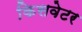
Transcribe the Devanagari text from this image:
किसवेटर